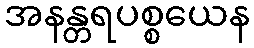
အနန္တရပစ္စယေန